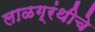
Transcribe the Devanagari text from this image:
लाळग्रंथीचे